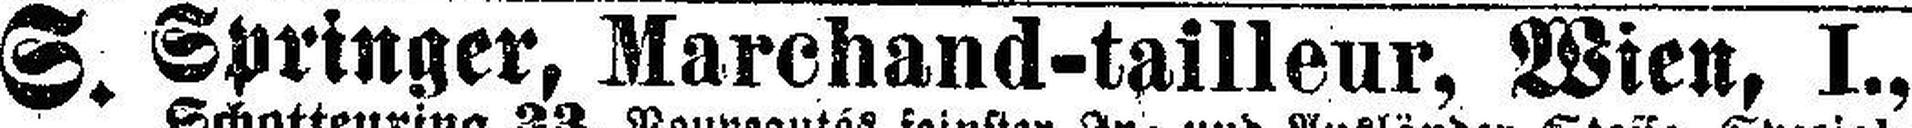
S. Springer, Marchand-tailleur, Wien, I.,